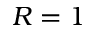
R = 1